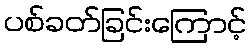
ပစ်ခတ်ခြင်းကြောင့်